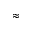
\approx